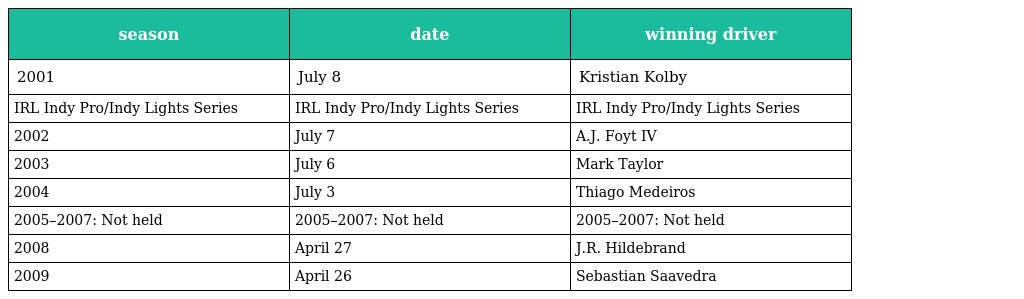
| season | date | winning driver |
 | --- | --- | --- |
 | 2001 | July 8 | Kristian Kolby |
 | IRL Indy Pro/Indy Lights Series | IRL Indy Pro/Indy Lights Series | IRL Indy Pro/Indy Lights Series |
 | 2002 | July 7 | A.J. Foyt IV |
 | 2003 | July 6 | Mark Taylor |
 | 2004 | July 3 | Thiago Medeiros |
 | 2005–2007: Not held | 2005–2007: Not held | 2005–2007: Not held |
 | 2008 | April 27 | J.R. Hildebrand |
 | 2009 | April 26 | Sebastian Saavedra |